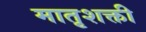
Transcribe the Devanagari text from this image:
मातृशक्ती